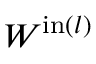
W ^ { \mathrm { i n } ( l ) }